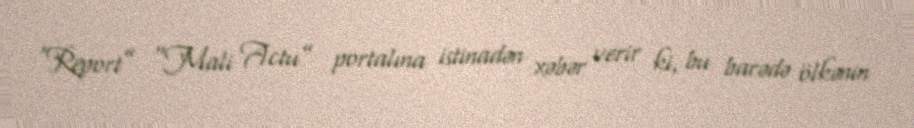
“Report” “Mali Actu” portalına istinadən xəbər verir ki, bu barədə ölkənin